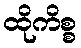
ထိုကိစ္စ